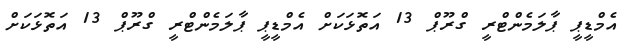
އެމްޑީޕީ ޕާލަމެންޓްރީ ގްރޫޕް 13 އަތޮޅަކަށް އެމްޑީޕީ ޕާލަމެންޓްރީ ގްރޫޕް 13 އަތޮޅަކަށް